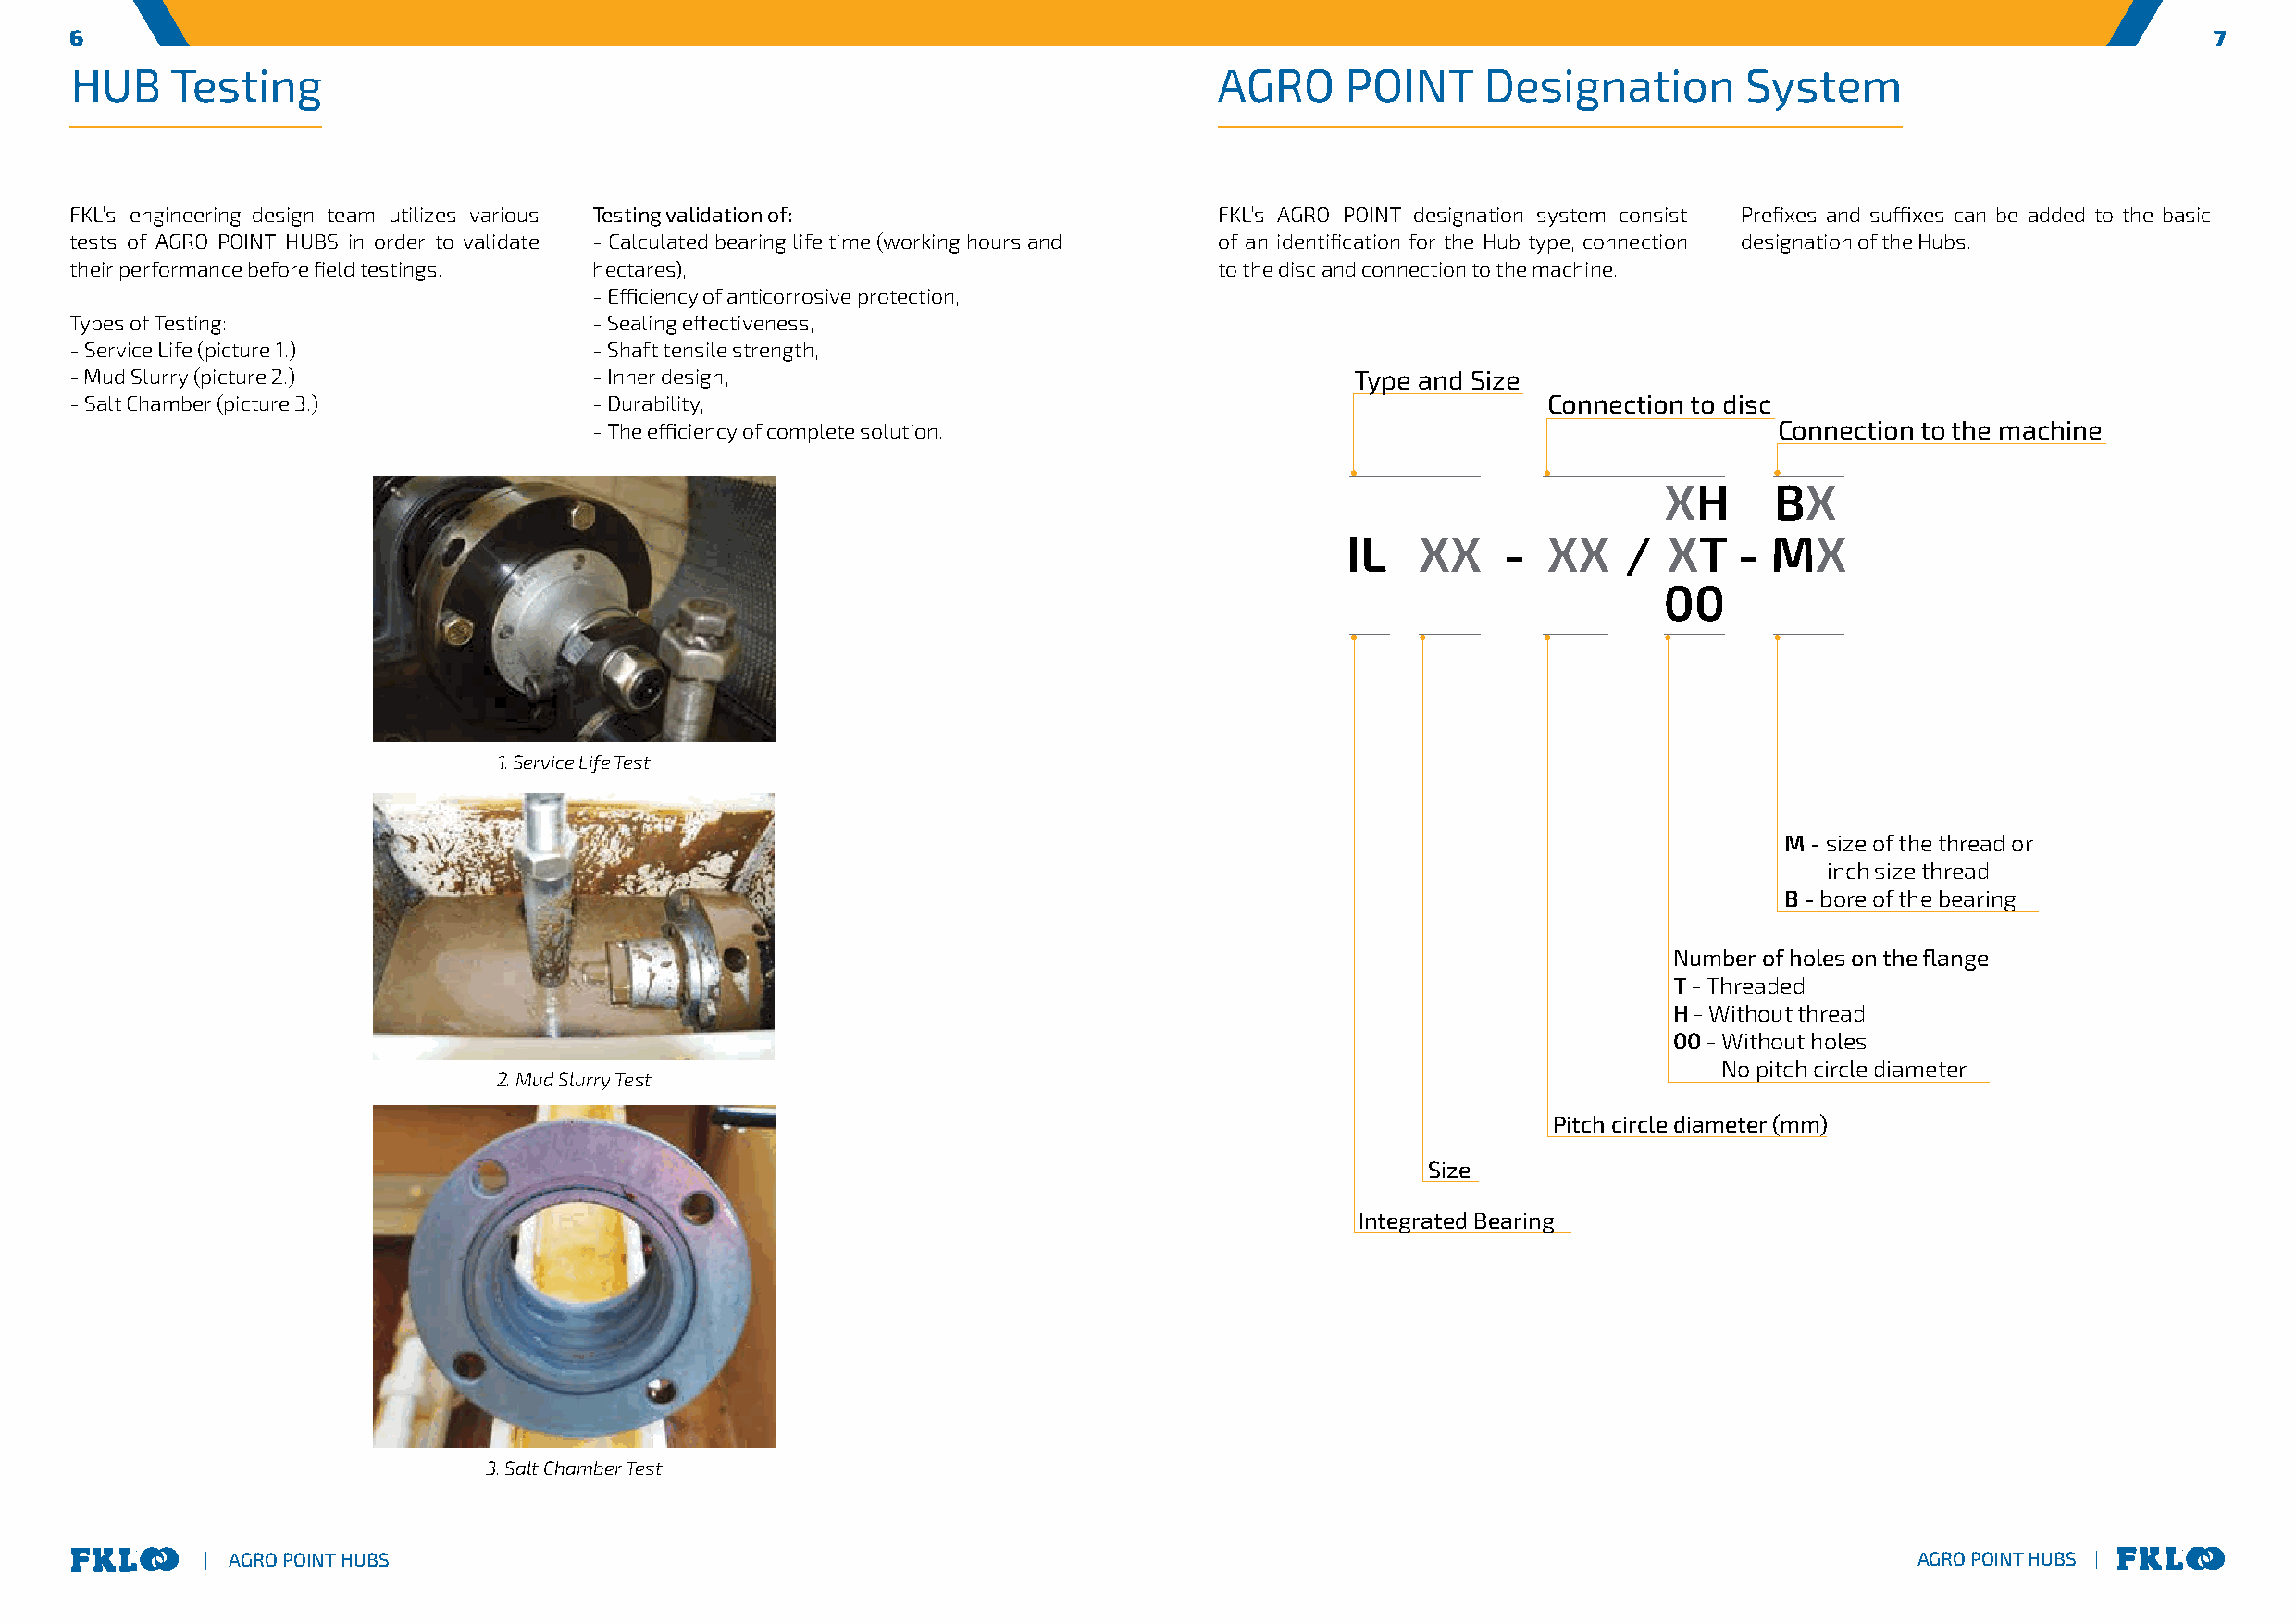
6                                                                                                                                                        7
 HUB    Testing                                                                    AGRO     POINT     Designation        System
 FKL’s engineering-design team utilizes various Testing validation of:             FKL’s AGRO POINT designation system consist Prefixes and suffixes can be added to the basic
 tests of AGRO POINT HUBS in order to validate - Calculated bearing life time (working hours and of an identification for the Hub type, connection designation of the Hubs.
 their performance before field testings. hectares),                               to the disc and connection to the machine.
 - Efficiency of anticorrosive protection,
 Types of Testing:                    - Sealing effectiveness,
 - Service Life (picture 1.)          - Shaft tensile strength,
 - Mud Slurry (picture 2.)            - Inner design,                                        Type and Size
 - Salt Chamber (picture 3.)          - Durability,                                                        Connection to disc
 - The efficiency of complete solution.                                               Connection to the machine
 XH      BX
 IL    XX    -  XX   /  XT   -  MX
 00
 1. Service Life Test
 M - size of the thread or
 inch size thread
 B - bore of the bearing
 Number of holes on the flange
 T - Threaded
 H - Without thread
 00 - Without holes
 No pitch circle diameter
 2. Mud Slurry Test
 Pitch circle diameter (mm)
 Size
 Integrated Bearing
 3. Salt Chamber Test
 | AGRO POINT HUBS                                                                                                         AGRO POINT HUBS |